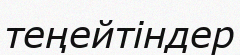
теңейтіндер